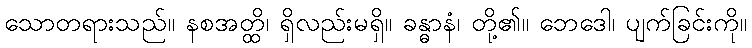
သောတရားသည်။ နစအတ္ထိ၊ ရှိလည်းမရှိ။ ခန္ဓာနံ၊ တို့၏။ ဘေဒေါ၊ ပျက်ခြင်းကို။